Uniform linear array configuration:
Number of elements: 32
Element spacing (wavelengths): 0.25
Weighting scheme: blackman
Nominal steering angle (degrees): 30
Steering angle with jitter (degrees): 31.281
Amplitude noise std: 0.05
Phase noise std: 0.05

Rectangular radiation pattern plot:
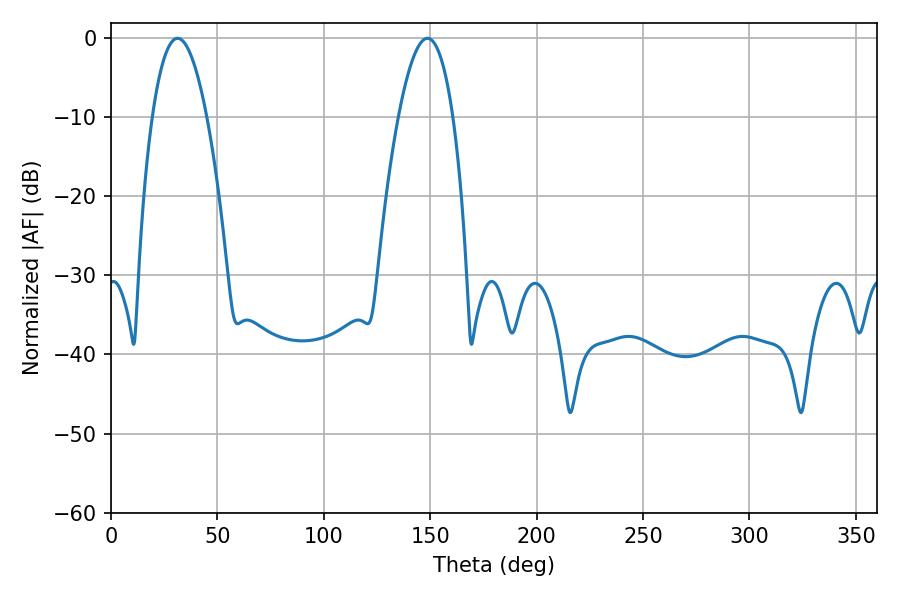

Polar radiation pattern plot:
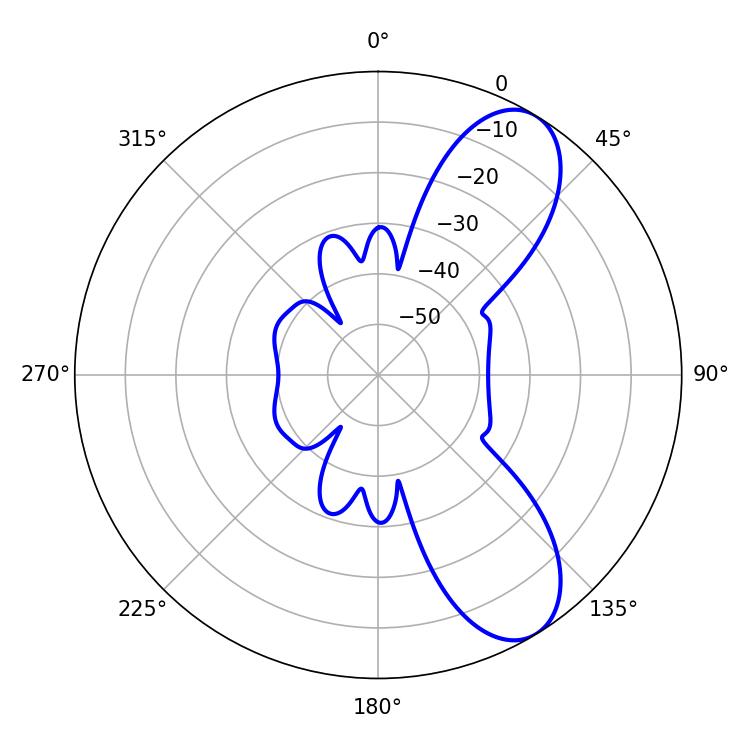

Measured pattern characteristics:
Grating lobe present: FALSE
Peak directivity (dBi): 8.591
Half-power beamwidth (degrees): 14.22
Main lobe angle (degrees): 148.68